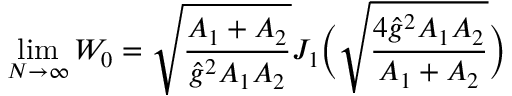
\operatorname * { l i m } _ { N \to \infty } { \cal W } _ { 0 } = \sqrt { \frac { A _ { 1 } + A _ { 2 } } { \hat { g } ^ { 2 } A _ { 1 } A _ { 2 } } } J _ { 1 } \Bigl ( \sqrt { \frac { 4 \hat { g } ^ { 2 } A _ { 1 } A _ { 2 } } { A _ { 1 } + A _ { 2 } } } \Bigr )